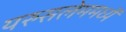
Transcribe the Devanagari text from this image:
यरुसलेममध्यें